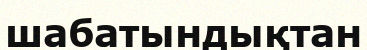
шабатындықтан